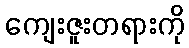
ကျေးဇူးတရားကို